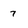
Character: 7